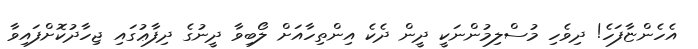
އެހެންޏާފަހެ! ދިވެހި މުސްލިމުންނަކީ ދީން ދެކެ އިންތިހާއަށް ލޯބިވާ ދީނުގެ ދިފާޢުގައި ޖިހާދުކޮށްފައިވާ